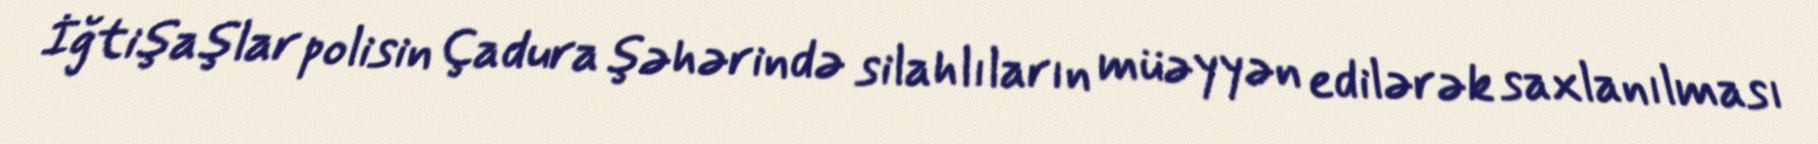
İğtişaşlar polisin Çadura şəhərində silahlıların müəyyən edilərək saxlanılması